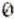
0